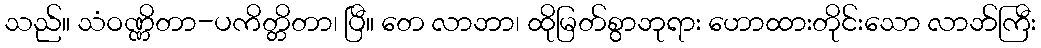
သည်။ သံဝဏ္ဏိတာ-ပကိတ္တိတာ၊ ပြီ။ တေ လာဘာ၊ ထိုမြတ်စွာဘုရား ဟောထားတိုင်းသော လာဘ်ကြီး